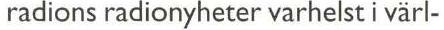
radions radionyheter varhelst i värl-